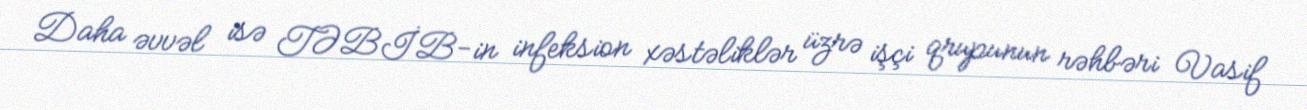
Daha əvvəl isə TƏBİB-in infeksion xəstəliklər üzrə işçi qrupunun rəhbəri Vasif